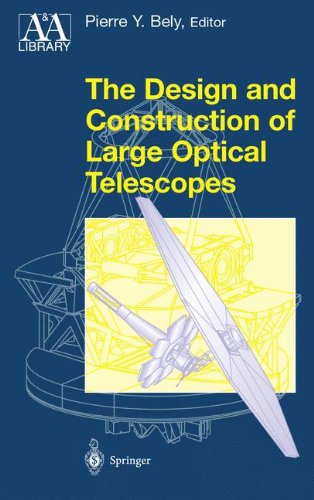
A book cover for The Design and Construction of Large Optical Telescopes (Astronomy and Astrophysics Library); Science & Math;